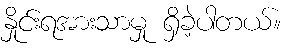
နှိုင်းရအားသာမှု ရှိခဲ့ပါတယ်။